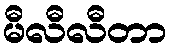
မီလီလီတာ